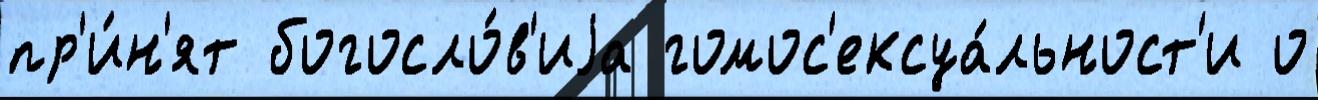
пр'и́н'ят богосло́в'иjа гомос'ексуа́льност'и о